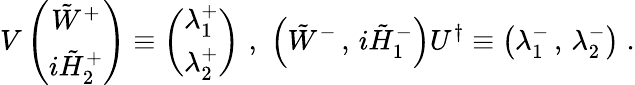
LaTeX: V\left(\begin{array}{c}{{\tilde{W}^{+}}}\\ {{{i\tilde{H}_{2}^{+}}}}\end{array}\right)\equiv\left(\begin{array}{c}{{\lambda_{1}^{+}}}\\ {{\lambda_{2}^{+}}}\end{array}\right)\, \, ,\, \, \left(\tilde{W}^{-}\, ,\, {i\tilde{H}_{1}^{-}}\right)U^{\dagger}\equiv\left(\lambda_{1}^{-}\, ,\, \lambda_{2}^{-}\right)\; .